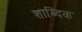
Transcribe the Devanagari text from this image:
शाब्दिक